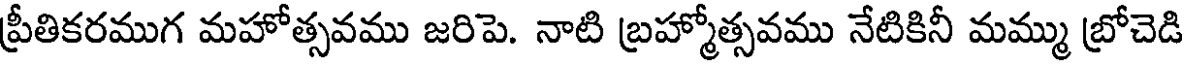
ప్రీతికరముగ మహోత్సవము జరిపె. నాటి బ్రహ్మోత్సవము నేటికినీ మమ్ము బ్రోచెడి